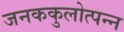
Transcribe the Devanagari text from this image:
जनककुलोत्पन्न